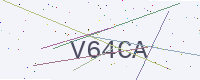
Text: V64CA